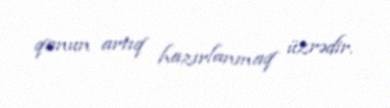
qanun artıq hazırlanmaq üzrədir.